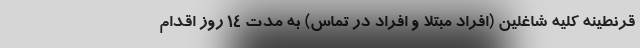
قرنطینه کلیه شاغلین (افراد مبتلا و افراد در تماس) به مدت ۱۴ روز اقدام